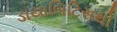
ડાયાબિટિસથી